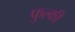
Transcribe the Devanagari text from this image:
फुल्‍की